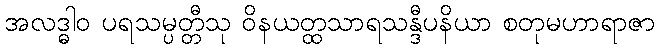
အလဒ္ဓါဝ ပရသမ္ပတ္တီသု ဝိနယတ္ထသာရသန္ဒီပနိယာ စတုမဟာရာဇာ